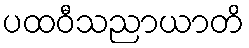
ပထဝီသညာယာတိ